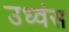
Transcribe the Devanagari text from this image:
उध्वंस